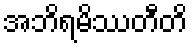
အဘိရမိဿတီတိ